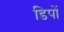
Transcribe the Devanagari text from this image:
डिपों